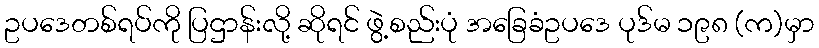
ဥပဒေတစ်ရပ်ကို ပြဌာန်းလို့ ဆိုရင် ဖွဲ့စည်းပုံ အခြေခံဥပဒေ ပုဒ်မ ၁၉၈ (က)မှာ